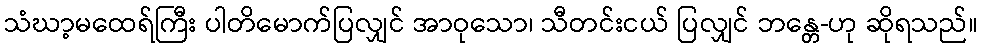
သံဃာ့မထေရ်ကြီး ပါတိမောက်ပြလျှင် အာဝုသော၊ သီတင်းငယ် ပြလျှင် ဘန္တေ-ဟု ဆိုရသည်။